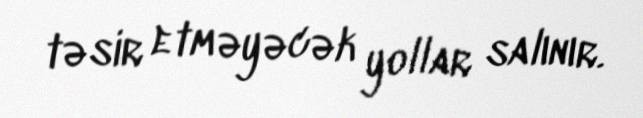
təsir etməyəcək yollar salınır.